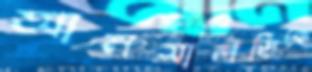
আনসালডিকে